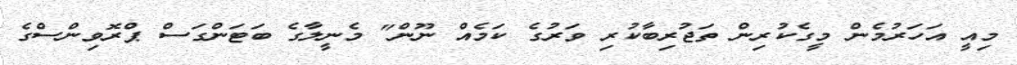
މިއީ އަހަރުމެން މީގެކުރިން ތަޖުރިބާކުރި ވަރުގެ ކަމެއް ނޫން" މެނީލާގެ ބަޓަންގަސް ޕްރޮވިންސްގެ